Lunatic asylums Punjab 1895-1910 - 1895-1910
Year: 1895
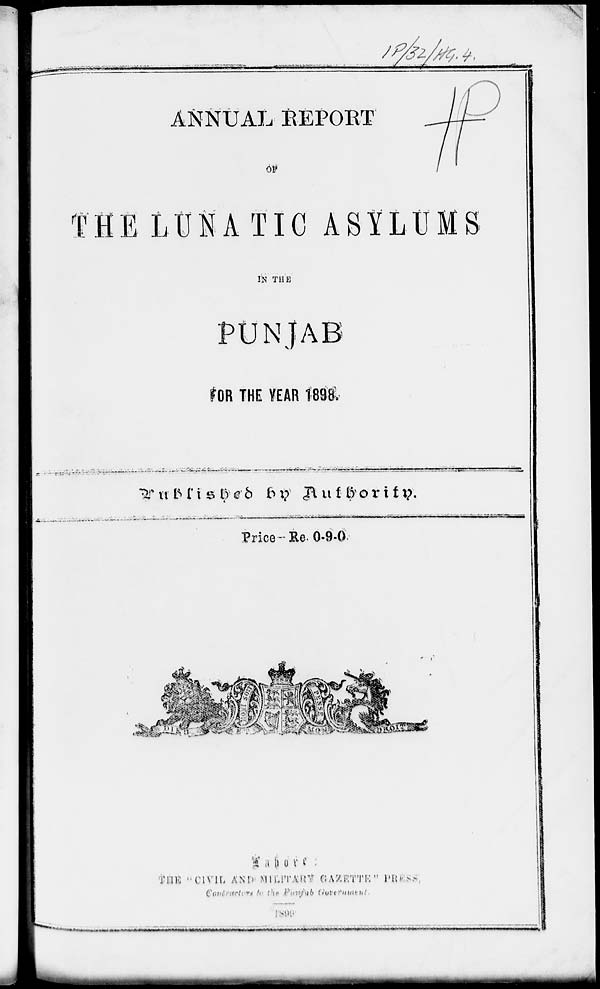
ANNUAL REPORT
OF
THE LUNATIC ASYLUM
IN THE
PUNJAB
FOR THE YEAR 1898
Published
by
Authority.
Price-Re. 0-9-0.
Lahore :
THE "CIVIL AND MILITARY GAZETTE " PRESS,
Contractors to the Punjab Government.
1899